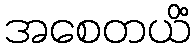
အစေတယိံ